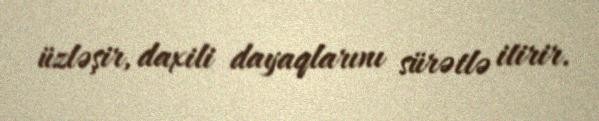
üzləşir, daxili dayaqlarını sürətlə itirir.